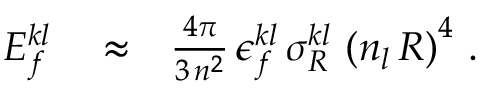
\begin{array} { r l r } { E _ { f } ^ { k l } } & { { } \approx } & { \frac { 4 \pi } { 3 \, n ^ { 2 } } \, \epsilon _ { f } ^ { k l } \, \sigma _ { R } ^ { k l } \, \left( n _ { l } \, { \cal R } \right) ^ { 4 } \, . } \end{array}